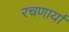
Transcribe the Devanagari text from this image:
रचणार्या